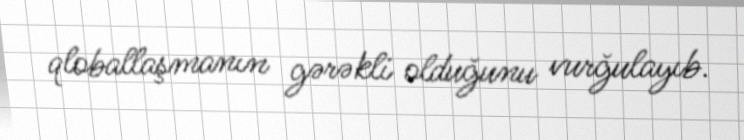
qloballaşmanın gərəkli olduğunu vurğulayıb.